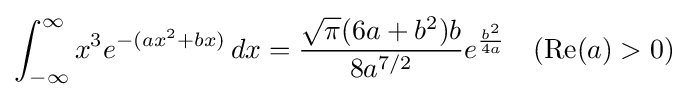
\int _{-\infty }^{\infty }x^{3}e^{-(ax^{2}+bx)}\,dx={\frac {{\sqrt {\pi }}(6a+b^{2})b}{8a^{7/2}}}e^{\frac {b^{2}}{4a}}\quad (\operatorname {Re} (a)>0)